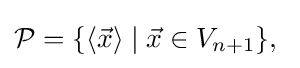
{\mathcal {P}}=\{\langle {\vec {x}}\rangle \mid {\vec {x}}\in V_{n+1}\},\